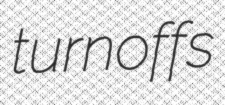
turnoffs